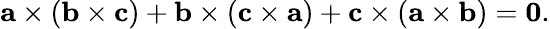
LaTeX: \mathbf{a}\times(\mathbf{b}\times\mathbf{c})+\mathbf{b}\times(\mathbf{c}\times\mathbf{a})+\mathbf{c}\times(\mathbf{a}\times\mathbf{b})=\mathbf{0}.